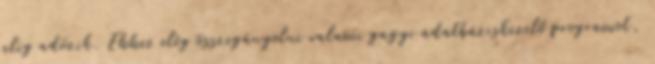
alig adózik. Ehhez elég összegányolni valami gagyi adatbáziskezelő programot,